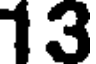
13